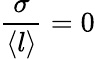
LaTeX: \frac{\sigma}{\langle l\rangle}=0